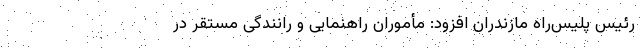
رئیس پلیس‌راه مازندران افزود: مأموران راهنمایی و رانندگی مستقر در